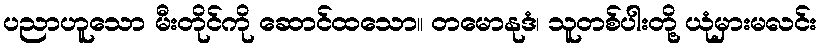
ပညာဟူသော မီးတိုင်ကို ဆောင်ထသော။ တမောနုဒံ၊ သူတစ်ပါးတို့ ယုံမှားမလင်း